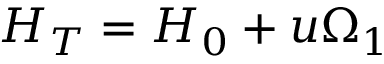
{ \cal H } _ { T } = { \cal H } _ { 0 } + u \Omega _ { 1 }